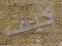
كيف